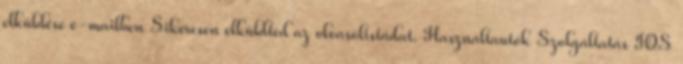
elküldése e-mailben Sikeresen elküldted az olvasólistádat. Használtautók Szolgáltatás IOS